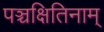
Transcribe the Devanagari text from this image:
पञ्चक्षितिनाम्